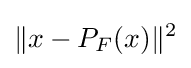
\|x-P_{F}(x)\|^{2}